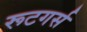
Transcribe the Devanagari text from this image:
रूटगर्स